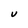
Character: V